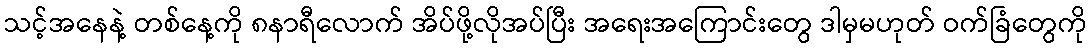
သင့်အနေနဲ့ တစ်နေ့ကို ၈နာရီလောက် အိပ်ဖို့လိုအပ်ပြီး အရေးအကြောင်းတွေ ဒါမှမဟုတ် ဝက်ခြံတွေကို